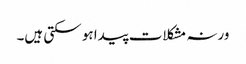
ورنہ مشکلات پیدا ہو سکتی ہیں۔